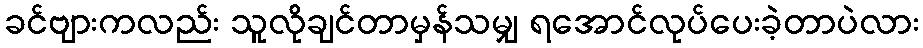
ခင်ဗျားကလည်း သူလိုချင်တာမှန်သမျှ ရအောင်လုပ်ပေးခဲ့တာပဲလား